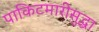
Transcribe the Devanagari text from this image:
पाकिटमारीसुद्धा